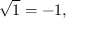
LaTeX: { \sqrt { 1 } } = - 1 ,